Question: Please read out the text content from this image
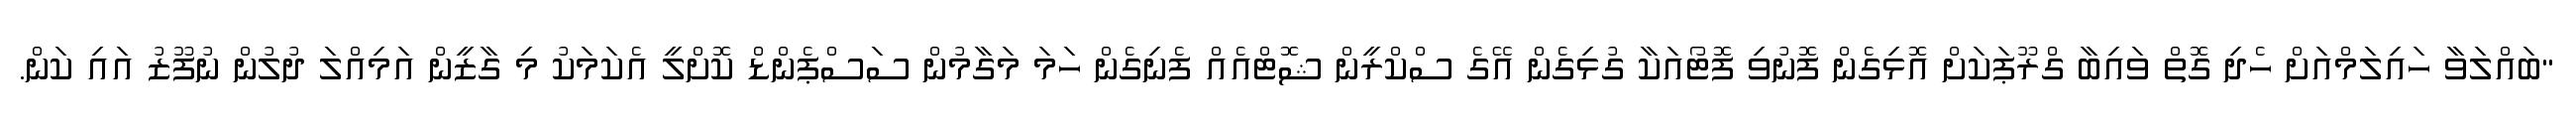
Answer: "ބައްލަވާ ހައިލަމްއަށް ހެދި ގޮތް ވައިބާ ގްރޫޕަކަށް އޮޅިގެން ފޮނުވި ފޮޓޯއަކާ ގުޅިގެން އޭގެ ސްކްރީން ޝޮޓްއެއް ފެނިގެން ހަމަ މަގާމުން ސަސްޕެންޑް ކޮށްލީ އެކަމަކު މި ގާޒީން އަމިއްލަ ދުލުން ނުފޫޒު އައި ކަން.